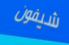
شيفون